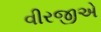
વીરજીએ